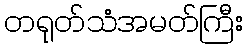
တရုတ်သံအမတ်ကြီး